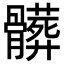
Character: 髒